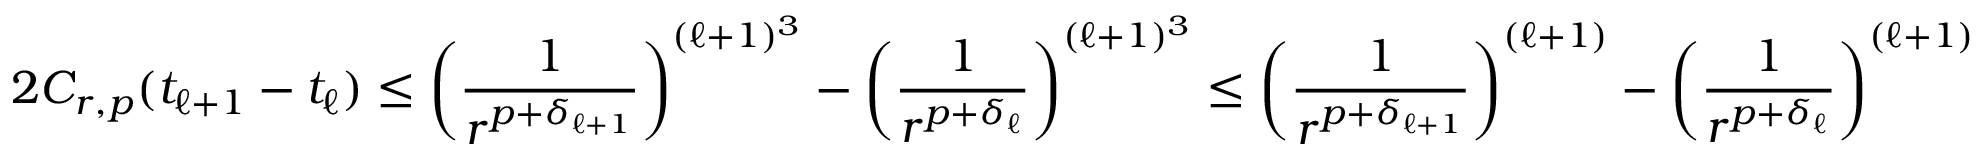
2 C _ { r , p } ( t _ { \ell + 1 } - t _ { \ell } ) \leq \left( \frac { 1 } { r ^ { p + \delta _ { \ell + 1 } } } \right) ^ { ( \ell + 1 ) ^ { 3 } } - \left( \frac { 1 } { r ^ { p + \delta _ { \ell } } } \right) ^ { ( \ell + 1 ) ^ { 3 } } \leq \left( \frac { 1 } { r ^ { p + \delta _ { \ell + 1 } } } \right) ^ { ( \ell + 1 ) } - \left( \frac { 1 } { r ^ { p + \delta _ { \ell } } } \right) ^ { ( \ell + 1 ) }